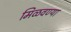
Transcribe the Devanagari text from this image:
मिळवण्या